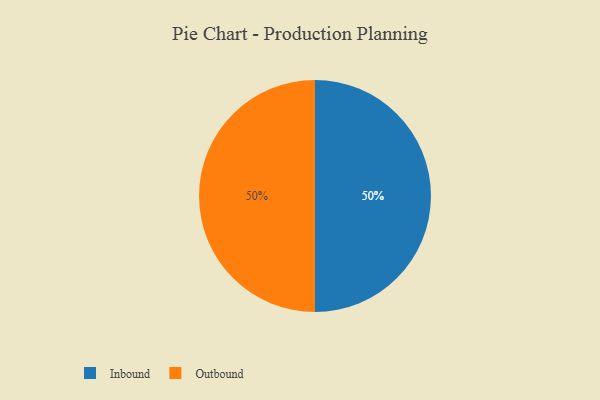
{"axis": {"x": "Category", "y": "Percentage"}, "legend": ["Inbound", "Outbound"], "data": [{"x": "Inbound", "y": 50, "type": "Inbound"}, {"x": "Outbound", "y": 50, "type": "Outbound"}]}